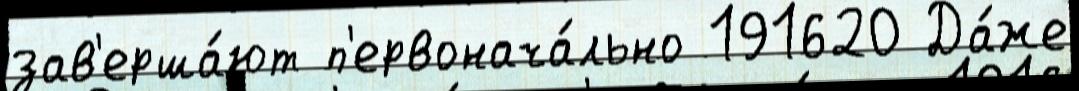
зав'ерша́ют п'ервонача́льно 191620 Да́же